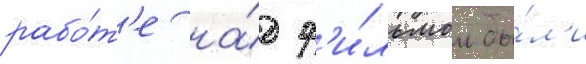
рабо́т'е на́д ф'и́льмом бы́л'и